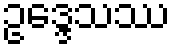
ဥဒ္ဒေသဿ